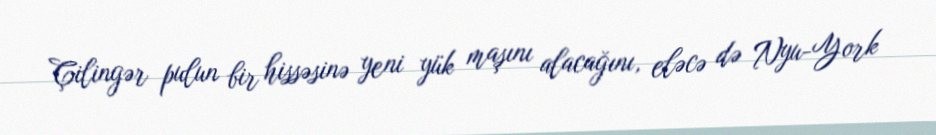
Çilingər pulun bir hissəsinə yeni yük maşını alacağını, eləcə də Nyu-York